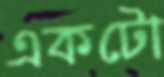
একটো